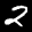
Label: 2